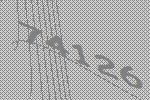
74126